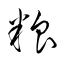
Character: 粮